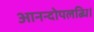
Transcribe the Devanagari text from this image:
आनन्दोपलब्धि।